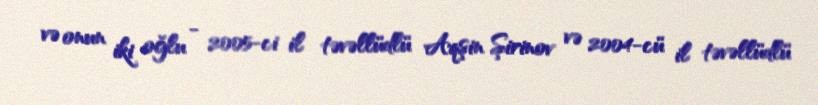
və onun iki oğlu - 2005-ci il təvəllüdlü Aqşin Şirinov və 2004-cü il təvəllüdlü